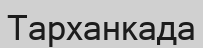
Тарханкада